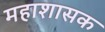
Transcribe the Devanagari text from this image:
महाशासक